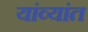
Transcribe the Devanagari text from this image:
यांव्यांत